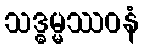
သဒ္ဓမ္မဿဝနံ